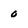
Character: o